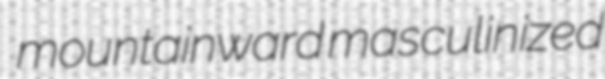
mountainward masculinized